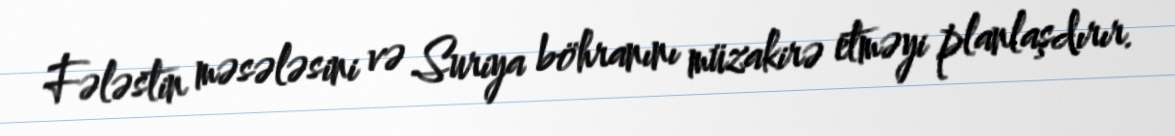
Fələstin məsələsini və Suriya böhranını müzakirə etməyi planlaşdırır.